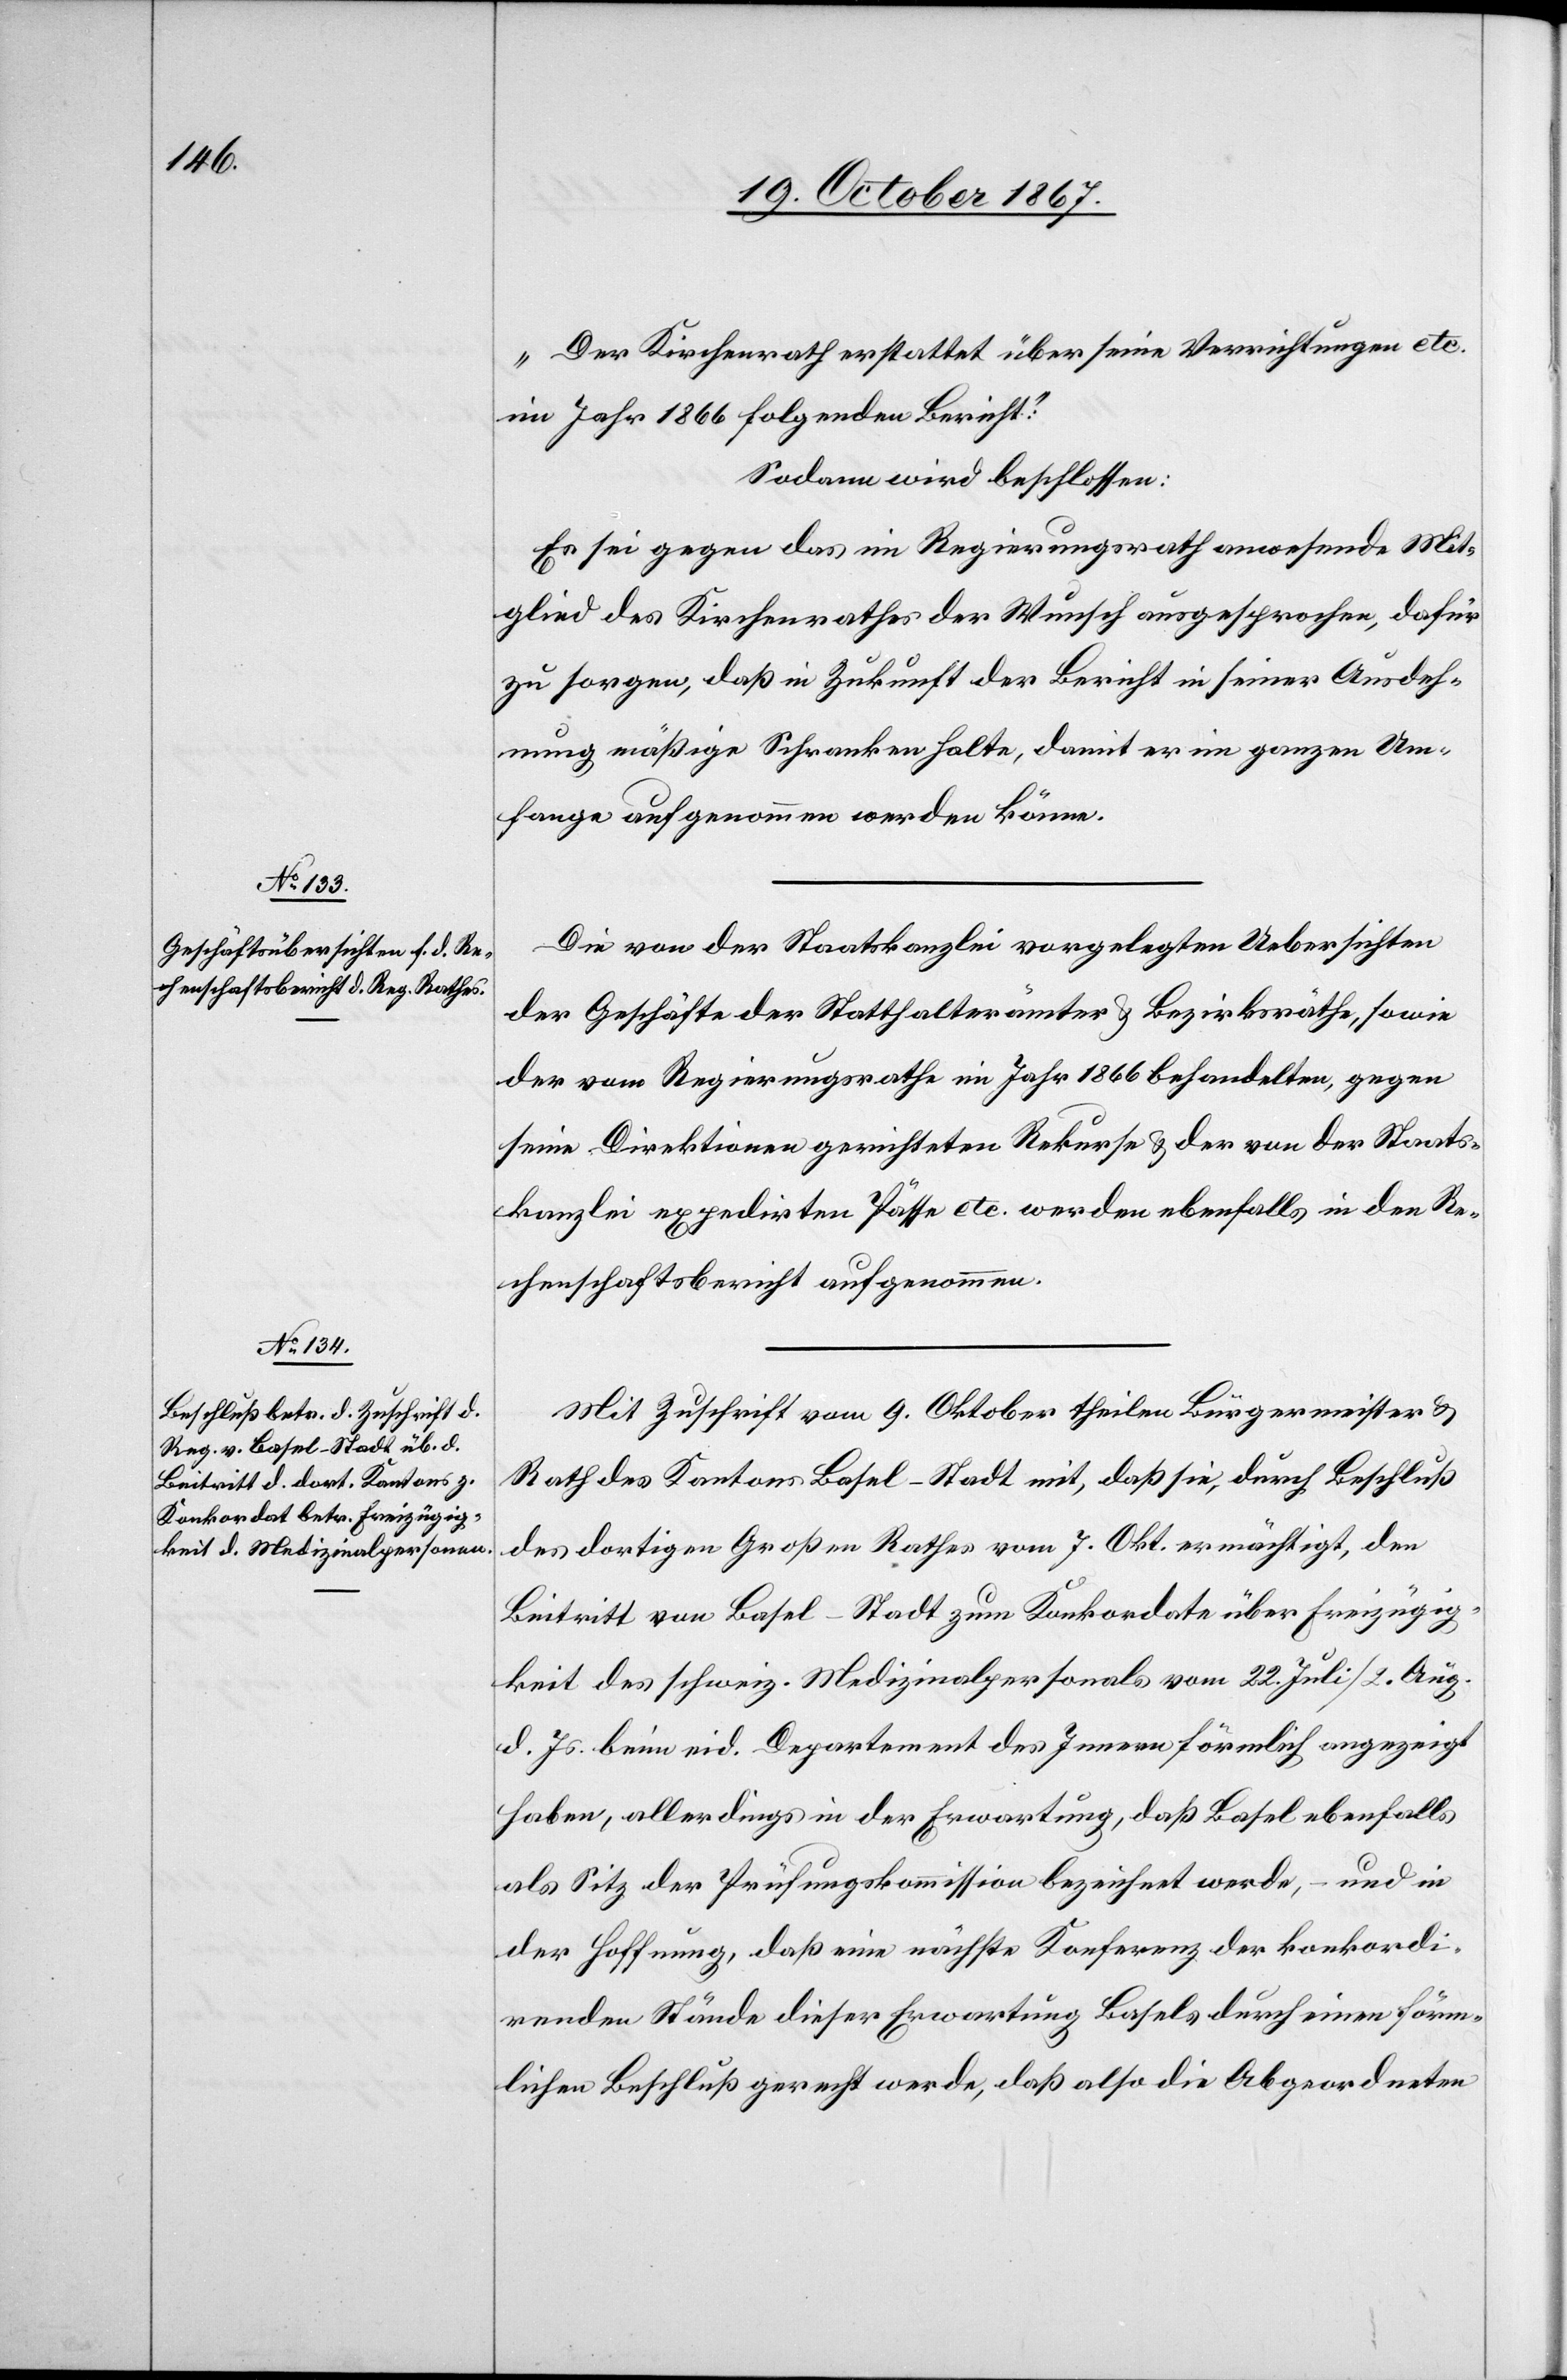
„Der Kirchenrath erstattet über seine Verrichtungen etc.
im Jahr 1866 folgenden Bericht:“
Sodann wird beschlossen:
Es sei gegen das im Regierungsrath anwesende Mit¬
glied des Kirchenrathes der Wunsch ausgesprochen, dafür
zu sorgen, daß in Zukunft der Bericht in seiner Ausdeh¬
nung mäßige Schranken halte, damit er im ganzen Um¬
fange aufgenommen werden könne.
Die von der Staatskanzlei vorgelegten Uebersichten
der Geschäfte der Statthalterämter u. Bezirksräthe, sowie
der vom Regierungsrathe im Jahr 1866 behandelten, gegen
seine Direktionen gerichteten Rekurse u. der von der Staats¬
kanzlei expedirten Pässe etc. werden ebenfalls in den Re¬
chenschaftsbericht aufgenommen.
Mit Zuschrift vom 9. Oktober theilen Bürgermeister u.
Rath des Kantons Basel-Stadt mit, daß sie, durch Beschluß
des dortigen Großen Rathes vom 7. Okt. ermächtigt, den
Beitritt von Basel-Stadt zum Konkordate über Freizügig¬
keit des schweiz. Medizinalpersonals vom 22. Juli/2. Aug.
d. Js. beim eid. Departement des Innern förmlich angezeigt
haben, allerdings in der Erwartung, daß Basel ebenfalls
als Sitz der Prüfungskommission bezeichnet werde, – und in
der Hoffnung, daß eine nächste Konferenz der konkordi¬
renden Stände dieser Erwartung Basels durch einen förm¬
lichen Beschluß gerecht werde, daß also die Abgeordneten